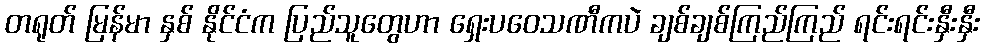
တရုတ် မြန်မာ နှစ် နိုင်ငံက ပြည်သူတွေဟာ ရှေးပဝေသဏီကပဲ ချစ်ချစ်ကြည်ကြည် ရင်းရင်းနှီးနှီး